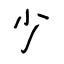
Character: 少